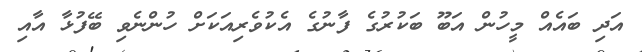
އަދި ބައެއް މީހުން އަބޫ ބަކުރުގެ ފާނުގެ އެކުވެރިއަކަށް ހުންނެވި ބޭފުޅާ އާއި